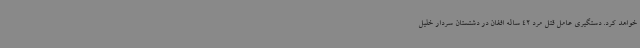
خواهد کرد. دستگیری عامل قتل مرد 42 ساله افغان در دشتستان سردار خلیل